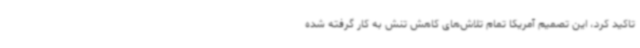
تاکید کرد، این تصمیم آمریکا تمام تلاش‌های کاهش تنش به کار گرفته شده